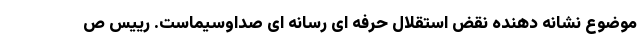
موضوع نشانه دهنده نقض استقلال حرفه ای رسانه ای صداوسیماست. رییس ص